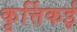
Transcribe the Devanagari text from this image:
कृर्त्तिकई